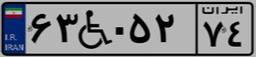
۸۰W۹۷۷۲۰